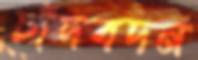
চাঁদবদন